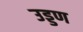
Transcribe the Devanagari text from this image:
उड्डण